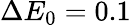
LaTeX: \Delta E_{0}=0.1